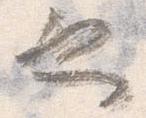
也